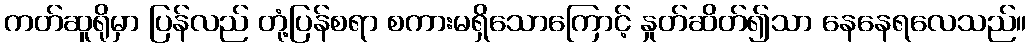
ကတ်ဆူရိုမှာ ပြန်လည် တုံ့ပြန်စရာ စကားမရှိသောကြောင့် နှုတ်ဆိတ်၍သာ နေနေရလေသည်။